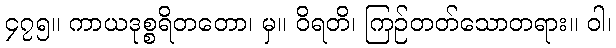
၄၇၅။ ကာယဒုစ္စရိတတော၊ မှ။ ဝိရတိ၊ ကြဉ်တတ်သောတရား။ ဝါ၊